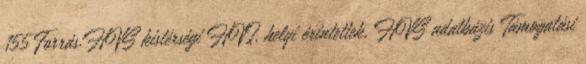
155 Forrás:HVS kistérségi HVI, helyi érintettek, HVS adatbázis Támogatási